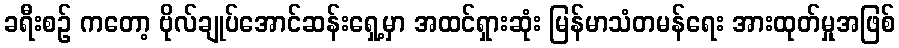
ခရီးစဉ် ကတော့ ဗိုလ်ချုပ်အောင်ဆန်းရှေ့မှာ အထင်ရှားဆုံး မြန်မာသံတမန်ရေး အားထုတ်မှုအဖြစ်